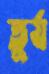
তুর্য